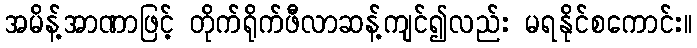
အမိန့်အာဏာဖြင့် တိုက်ရိုက်ဖီလာဆန့်ကျင်၍လည်း မရနိုင်စကောင်း။